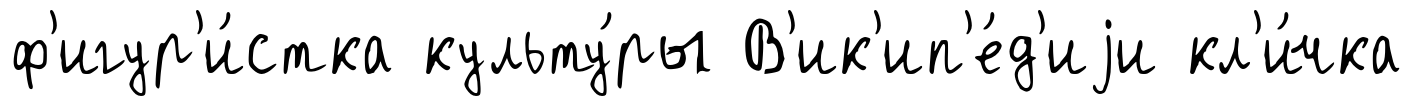
ф'игур'и́стка культу́ры В'ик'ип'е́д'иjи кл'и́чка